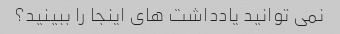
نمی توانید یادداشت های اینجا را ببینید؟